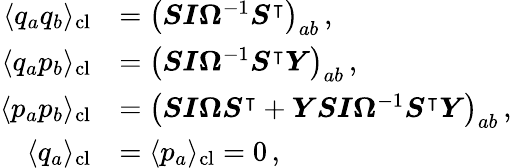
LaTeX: \begin{array}{rl}{\langle q_{a}q_{b}\rangle_{\mathrm{cl}}}&{=\left(\boldsymbol{S}\boldsymbol{I}\boldsymbol{\Omega}^{-1}\boldsymbol{S}^{\intercal}\right)_{ab}\, ,}\\ {\langle q_{a}p_{b}\rangle_{\mathrm{cl}}}&{=\left(\boldsymbol{S}\boldsymbol{I}\boldsymbol{\Omega}^{-1}\boldsymbol{S}^{\intercal}\boldsymbol{Y}\right)_{ab}\, ,}\\ {\langle p_{a}p_{b}\rangle_{\mathrm{cl}}}&{=\left(\boldsymbol{S}\boldsymbol{I}\boldsymbol{\Omega}\boldsymbol{S}^{\intercal}+\boldsymbol{Y}\boldsymbol{S}\boldsymbol{I}\boldsymbol{\Omega}^{-1}\boldsymbol{S}^{\intercal}\boldsymbol{Y}\right)_{ab}\, ,}\\ {\langle q_{a}\rangle_{\mathrm{cl}}}&{=\langle p_{a}\rangle_{\mathrm{cl}}=0\, ,}\end{array}